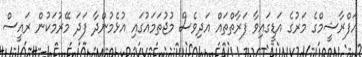
އަފްރާޝީމްގެ މަރުގެ އަޑީގައިވާ ފަރާތްތައް އަދިވެސް މުޖުތަމައުގައި އުޅެމުންދާ ފަދަ މޭރުމަކުން ރައީސް